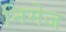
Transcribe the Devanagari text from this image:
निमेज